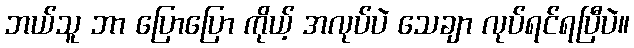
ဘယ်သူ ဘာ ပြောပြော ကိုယ့် အလုပ်ပဲ သေချာ လုပ်ရင်ရပြီပဲ။